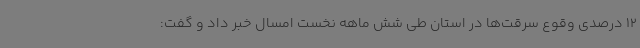
12 درصدی وقوع سرقت‌ها در استان طی شش ماهه نخست امسال خبر داد و گفت: